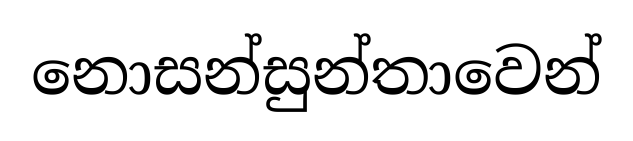
නොසන්සුන්තාවෙන්